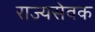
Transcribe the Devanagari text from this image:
राज्यसेवक